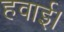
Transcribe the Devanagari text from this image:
हवाई।